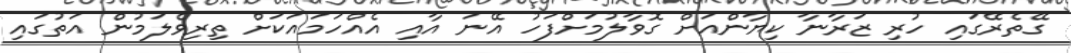
ގޭތެރޭގައި ހުރި ޒަރާނާ ކިޔާންއަށް ގޮވާލުމަށްފަހު އޭނަ އާއި އެއްހަމައަކަށް ތިރިވެލަމުން އަތުގައި